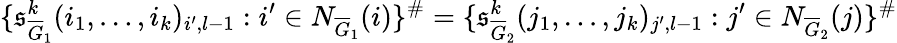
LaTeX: \{ \mathfrak{s}_{\overline{G}_{1}}^{k}(i_{1},\dots,i_{k})_{i^{\prime},l-1}:i^{\prime}\in N_{\overline{G}_{1}}(i)\} ^{\# }=\{ \mathfrak{s}_{\overline{G}_{2}}^{k}(j_{1},\dots,j_{k})_{j^{\prime},l-1}:j^{\prime}\in N_{\overline{G}_{2}}(j)\} ^{\# }